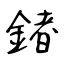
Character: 鍺